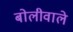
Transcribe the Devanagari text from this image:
बोलीवाले